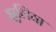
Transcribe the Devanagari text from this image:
झुलिया